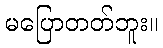
မပြောတတ်ဘူး။